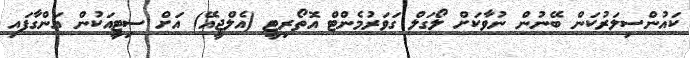
ކައުންސިލަރުކަން ބޭނުން ނުވާކަށް ލޯގަލް ގަވަރުމެންޓް އޮތޯރިޓީ (އެލްޖީއޭ) އަށް ސިޓީއަކުން އަންގާފައި